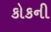
કોકની